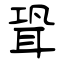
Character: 聓